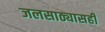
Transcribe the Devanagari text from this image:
जलसाठ्यासही